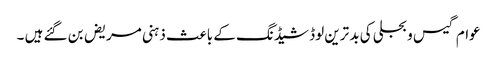
عوام گیس و بجلی کی بد ترین لوڈ شیڈنگ کے باعث ذہنی مریض بن گئے ہیں ۔